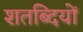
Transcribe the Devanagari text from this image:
शतब्दियों